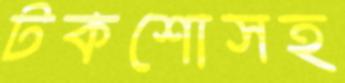
টকশোসহ